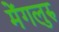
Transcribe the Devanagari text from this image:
मेंगलुरु